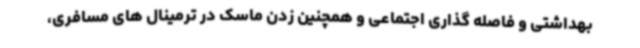
بهداشتی و فاصله گذاری اجتماعی و همچنین زدن ماسک در ترمینال های مسافری،